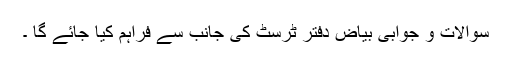
سوالات و جوابی بیاض دفتر ٹرسٹ کی جانب سے فراہم کیا جائے گا ۔